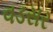
વડસર